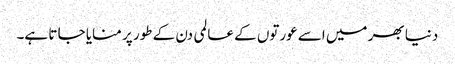
دنیا بھر میں اسے عورتوں کے عالمی دن کے طور پر منایا جا تا ہے۔